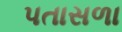
પતાસળા